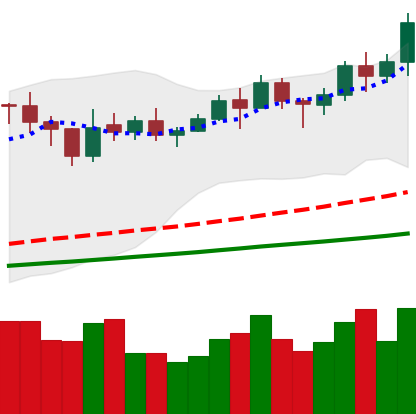
Ticker: LINK-USD
Chart end date: 2021-02-12
Forward return: 5.274%
Label: up_5_7